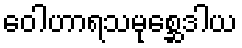
ဝေါဟာရသမုစ္ဆေဒါယ